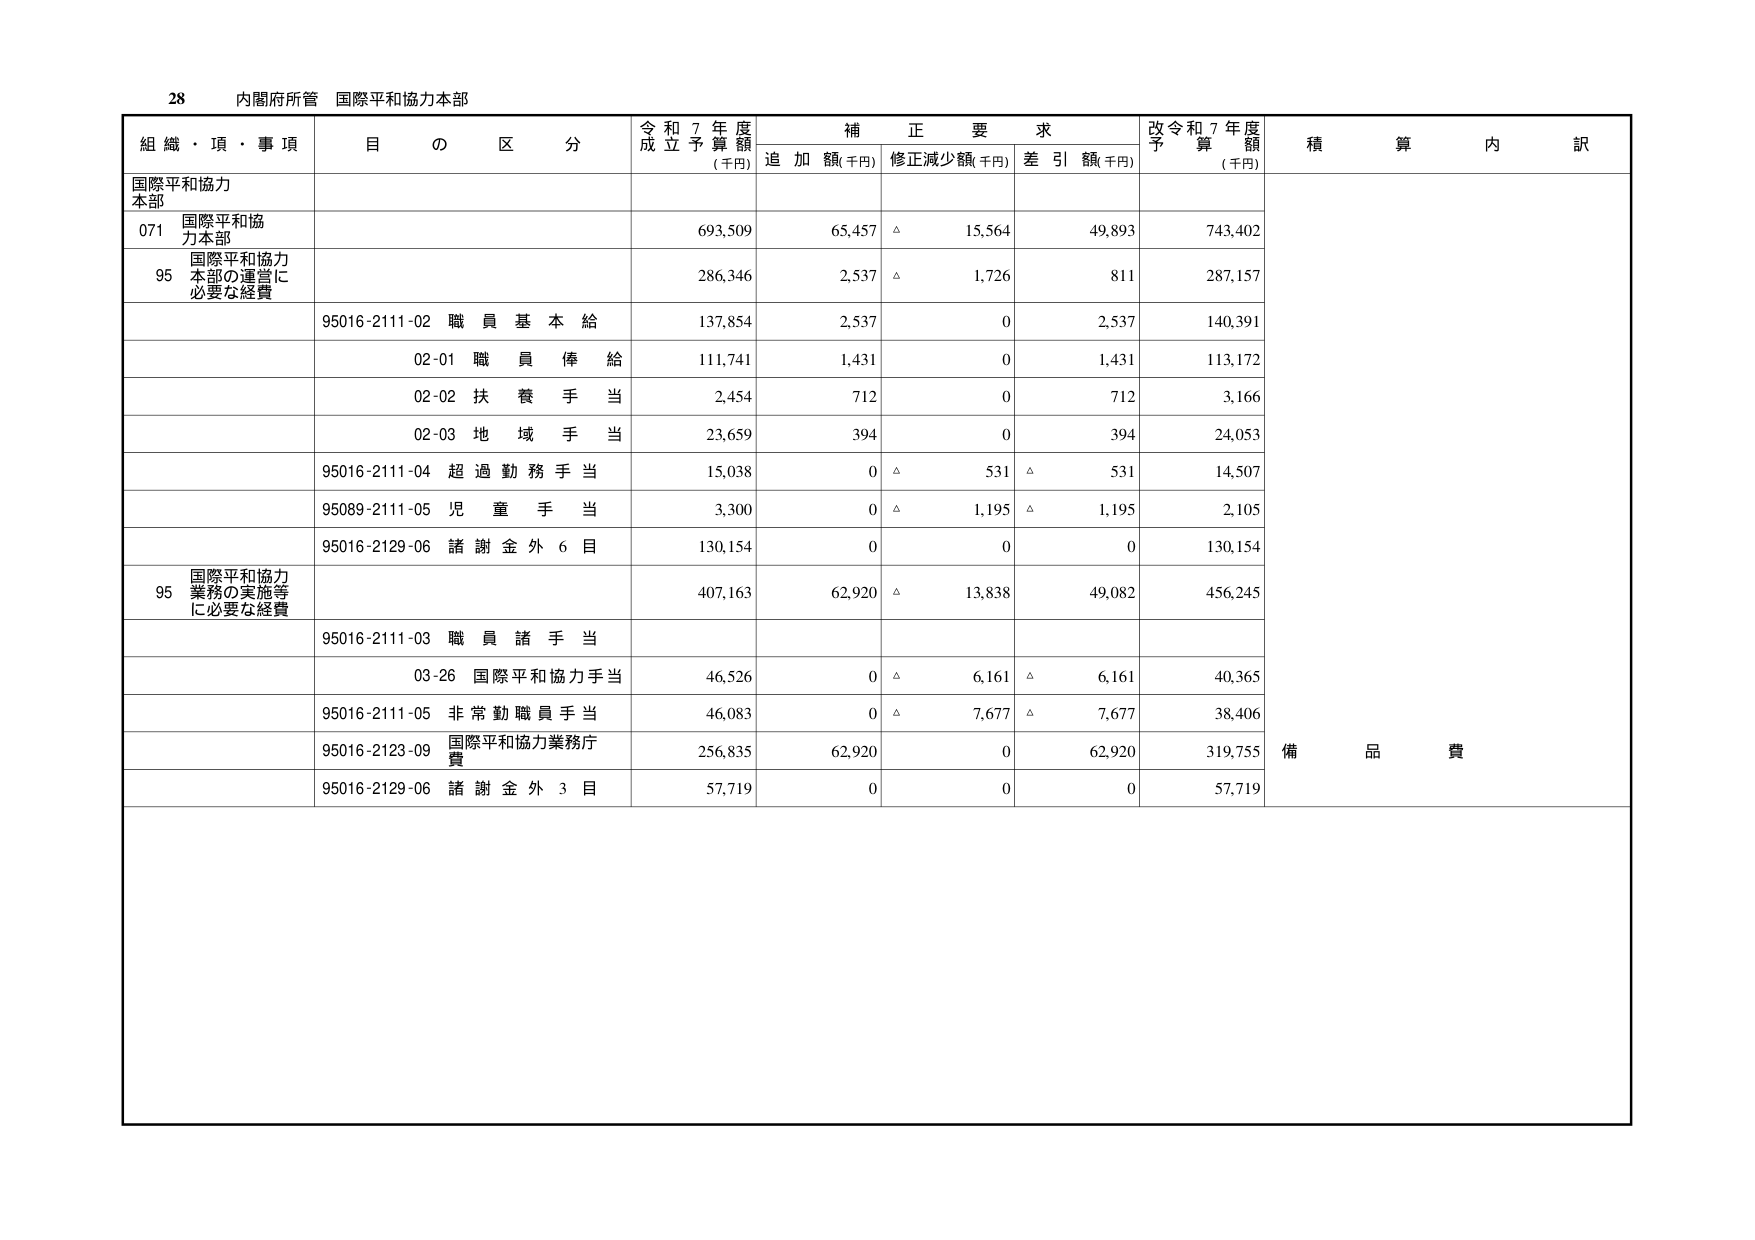
28 内閣府所管 国際平和協力本部

組織・項・事項 目の区分 令和7年度成立予算額(千円) 補正要求 追加額(千円) 修正減少額(千円) 差引額(千円) 改令和7年度予算額(千円) 積算内訳

国際平和協力本部

071 国際平和協力本部 693,509 65,457 △ 15,564 49,893 743,402

95 国際平和協力本部の運営に必要な経費 286,346 2,537 △ 1,726 811 287,157

95016-2111-02 職員基本給 137,854 2,537 0 2,537 140,391

02-01 職員俸給 111,741 1,431 0 1,431 113,172

02-02 扶養手当 2,454 712 0 712 3,166

02-03 地域手当 23,659 394 0 394 24,053

95016-2111-04 超過勤務手当 15,038 0 △ 531 △ 531 14,507

95089-2111-05 児童手当 3,300 0 △ 1,195 △ 1,195 2,105

95016-2129-06 諸謝金外6目 130,154 0 0 0 130,154

95 国際平和協力業務の実施等に必要な経費 407,163 62,920 △ 13,838 49,082 456,245

95016-2111-03 職員諸手当

03-26 国際平和協力手当 46,526 0 △ 6,161 △ 6,161 40,365

95016-2111-05 非常勤職員手当 46,083 0 △ 7,677 △ 7,677 38,406

95016-2123-09 国際平和協力業務庁費 256,835 62,920 0 62,920 319,755 備品費

95016-2129-06 諸謝金外3目 57,719 0 0 0 57,719